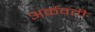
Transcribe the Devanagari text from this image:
अर्कवती